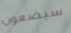
سيضعون